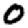
Digit: 0